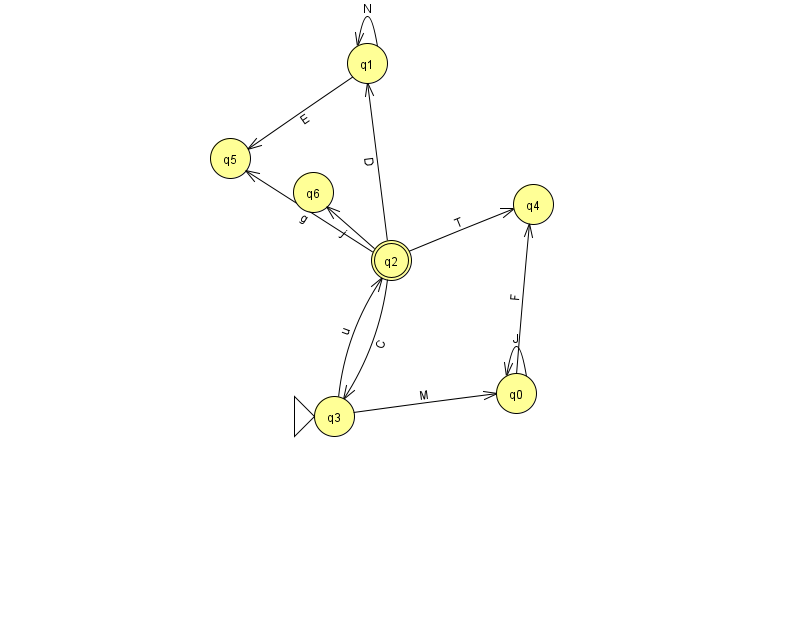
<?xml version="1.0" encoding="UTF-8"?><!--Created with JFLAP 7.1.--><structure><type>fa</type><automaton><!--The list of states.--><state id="0" name="q0"><x>516.0</x><y>380.0</y></state><state id="1" name="q1"><x>367.0</x><y>50.0</y></state><state id="2" name="q2"><x>391.0</x><y>247.0</y><final/></state><state id="3" name="q3"><x>334.0</x><y>403.0</y><initial/></state><state id="4" name="q4"><x>533.0</x><y>191.0</y></state><state id="5" name="q5"><x>230.0</x><y>145.0</y></state><state id="6" name="q6"><x>313.0</x><y>179.0</y></state><!--The list of transitions.--><transition><from>3</from><to>0</to><read>M</read></transition><transition><from>3</from><to>2</to><read>u</read></transition><transition><from>0</from><to>4</to><read>F</read></transition><transition><from>2</from><to>3</to><read>C</read></transition><transition><from>1</from><to>5</to><read>E</read></transition><transition><from>2</from><to>4</to><read>T</read></transition><transition><from>2</from><to>5</to><read>g</read></transition><transition><from>2</from><to>1</to><read>D</read></transition><transition><from>0</from><to>0</to><read>J</read></transition><transition><from>2</from><to>6</to><read>j</read></transition><transition><from>1</from><to>1</to><read>N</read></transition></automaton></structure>